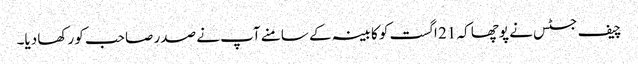
چیف جسٹس نے پوچھا کہ 21 اگست کو کابینہ کے سامنے آپ نے صدر صاحب کو رکھا دیا۔